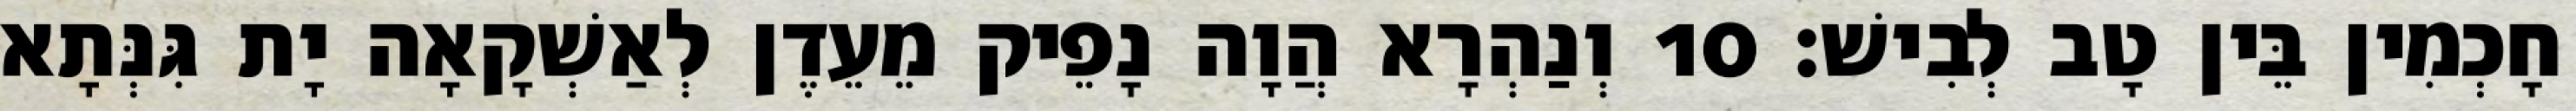
חָכְמִין בֵּין טָב לְבִישׁ׃ 10 וְנַהְרָא הֲוָה נָפֵיק מֵעֵדֶן לְאַשְׁקָאָה יָת גִּנְּתָא